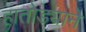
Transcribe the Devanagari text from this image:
हातोड्याने